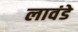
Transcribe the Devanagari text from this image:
लावंडे